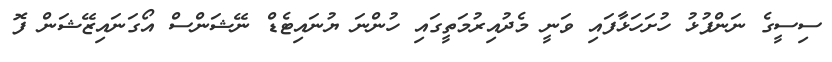
ސިސީގެ ނަންފުޅު ހުށަހަޅާފައި ވަނީ މެދުއިރުމަތީގައި ހުންނަ ޔުނައިޓެޑް ނޭޝަންސް އޯގަނައިޒޭޝަން ފޮ